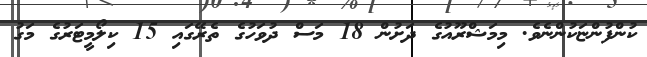
ކުންފުންޏަކުންނެވެ. މިމަޝްރޫއުގެ ދަށުން 18 މަސް ދުވަހުގެ ތެރޭގައި 15 ކިލޯމީޓަރުގެ މަގު